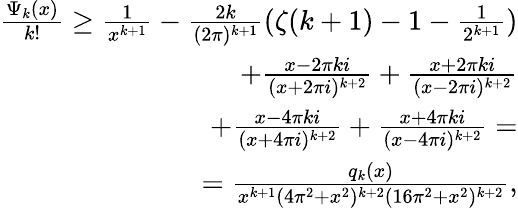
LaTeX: \begin{array}{r}{\frac{\Psi_{k}(x)}{k!}\ge\frac{1}{x^{k+1}}-\frac{2k}{(2\pi)^{k+1}}(\zeta(k+1)-1-\frac{1}{2^{k+1}})}\\ {+\frac{x-2\pi ki}{(x+2\pi i)^{k+2}}+\frac{x+2\pi ki}{(x-2\pi i)^{k+2}}}\\ {+\frac{x-4\pi ki}{(x+4\pi i)^{k+2}}+\frac{x+4\pi ki}{(x-4\pi i)^{k+2}}=}\\ {=\frac{q_{k}(x)}{x^{k+1}(4\pi^{2}+x^{2})^{k+2}(16\pi^{2}+x^{2})^{k+2}},}\end{array}